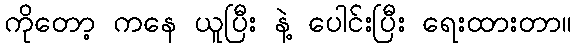
ကိုတော့ ကနေ ယူပြီး နဲ့ ပေါင်းပြီး ရေးထားတာ။